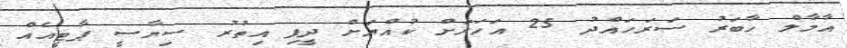
އާމާލް ހާބަރު ސަރަހައްދު 25 އަހަރަށް ކުއްޔަށް ދީފި އިތުރު ސިޔާސީ ޕާޓީއެއް